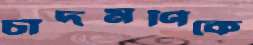
চাঁদমণিকে